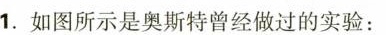
1.如图所示是奥斯特曾经做过的实验：